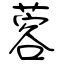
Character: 蓉